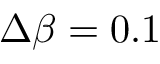
\Delta \beta = 0 . 1